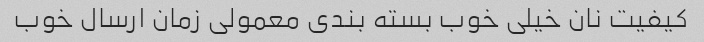
کیفیت نان خیلی خوب بسته بندی معمولی زمان ارسال خوب